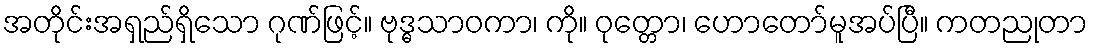
အတိုင်းအရှည်ရှိသော ဂုဏ်ဖြင့်။ ဗုဒ္ဓသာဝကာ၊ ကို။ ဝုတ္တော၊ ဟောတော်မူအပ်ပြီ။ ကတညုတာ